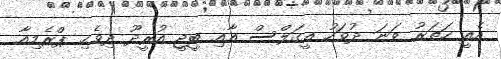
އެއީ ހަތަރު ވަނަ ދުވަހު އީގަލްސް އާއި ބީޖީ އުރީދޫ ދިވެހި ޕްރެމިއާ